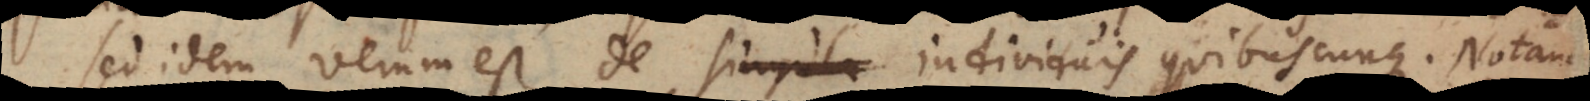
sed idem verum est de singula individuis quibuscunque. Notamu